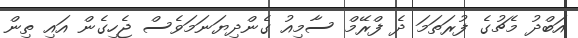
އަބްދު މެޗުގެ ފުރަތަމަ ދެ ފްރޭމް ސާމިއު ގެންދިޔަނަމަވެސް ޖެހިގެން އައި ތިން